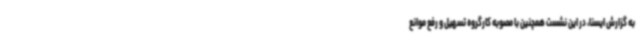
به گزارش ایسنا، در این نشست همچنین با مصوبه کارگروه تسهیل و رفع موانع